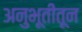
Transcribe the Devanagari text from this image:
अनुभूतीतून